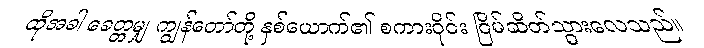
ထိုအခါ ခေတ္တမျှ ကျွန်တော်တို့ နှစ်ယောက်၏ စကားဝိုင်း ငြိမ်ဆိတ်သွားလေသည်။